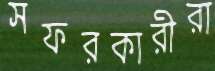
সফরকারীরা